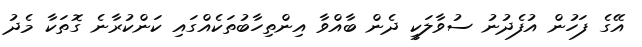
އޭގެ ފަހުން އުފެދުނު ސުވާލަކީ ދެން ބާއްވާ އިންތިހާބުތަކެއްގައި ކަންކުރާނެ ގޮތަކާ މެދު